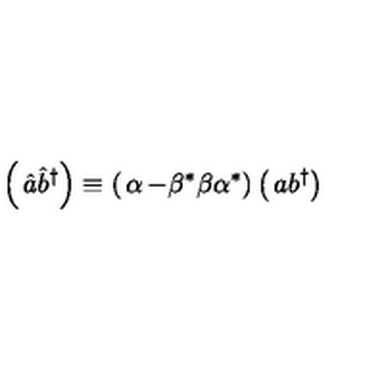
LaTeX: \left( \begin{matrix} { { \hat { a } } } \\ { { \hat { b } } ^ { \dagger } } \\ \end{matrix} \right) \equiv \left( \begin{matrix} { \alpha } & { - \beta ^ { * } } \\ { \beta } & { \alpha ^ { * } } \\ \end{matrix} \right) \left( \begin{matrix} { a } \\ { b ^ { \dagger } } \\ \end{matrix} \right)